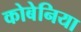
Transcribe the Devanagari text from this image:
कोबेनिया